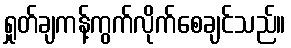
ရှုတ်ချကန့်ကွက်လိုက်စေချင်သည်။